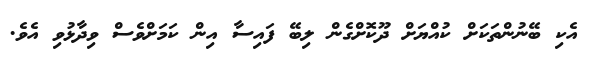
އެކި ބޭނުންތަކަށް ކުއްޔަށް ދޫކޮށްގެން ލިބޭ ފައިސާ އިން ކަމަށްވެސް ވިދާޅުވި އެވެ.